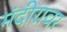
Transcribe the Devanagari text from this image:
मंदीरावर